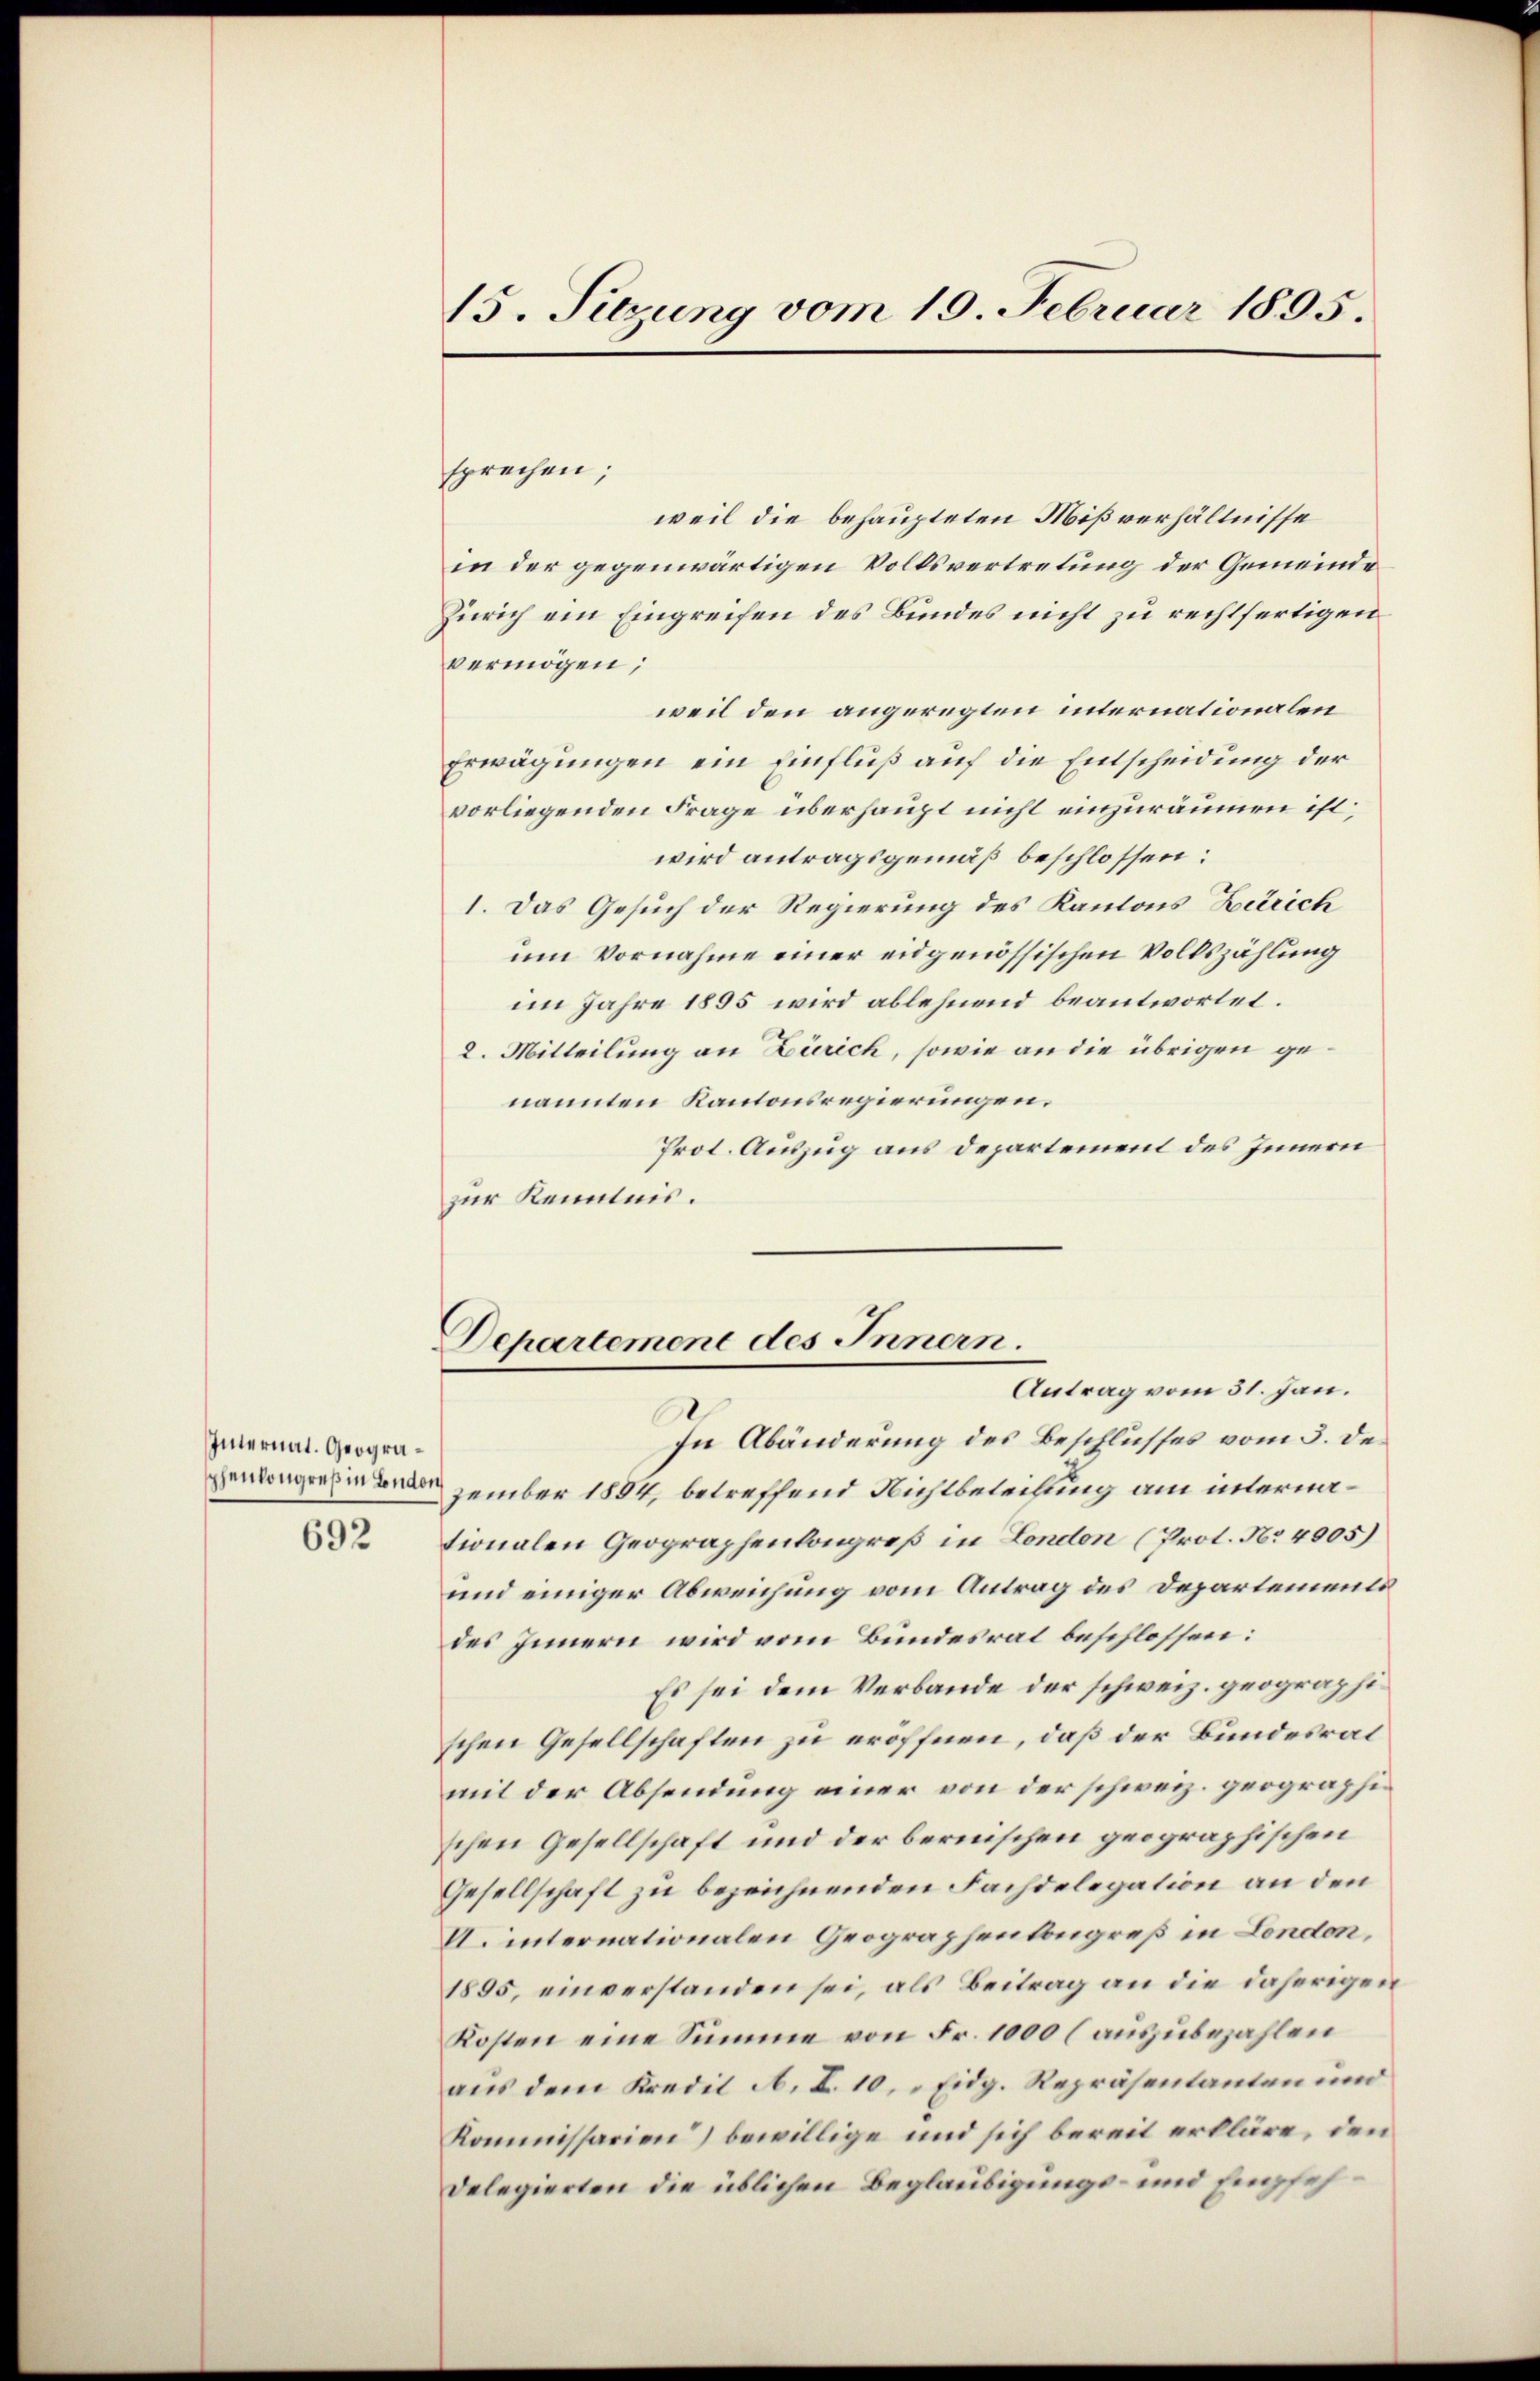
Internat. Geogra¬
692

15. Sitzung vom 19. Februar 1895.

Departement des Innern.
Antrag vom 31. Jan.

sprechen;
weil die behaupteten Mißverhältnisse
in der gegenwärtigen Volksvertretung der Gemeinde
Zürich ein Eingreifen des Bundes nicht zu rechtfertigen
vermögen;
weil den angeregten internationalen
Erwägungen ein Einfluß auf die Entscheidung der
vorliegenden Frage überhaupt nicht einzuräumen ist;
wird antragsgemäß beschlossen:
1. Das Gesuch der Regierung des Kantons Zürich
um Vornahme einer eidgenössischen Volkszählung
im Jahre 1895 wird ablehnend beantwortet.
2. Mitteilung an Zürich, sowie an die übrigen genannten Kantonsregierungen.
Prot. Auszug aus Departement des Innern
zur Kenntnis.
In Abänderung des Beschlusses vom 3. de
pendangen zember 1884, betreffend Nichtbeteilung am internationalen Geographenkongreß in London (Prot. No 4005)
und einiger Abweichung vom Antrag des Departements
des Innern wird vom Bundesrat beschlossen:
Es sei dem Verbande der schweiz. geographischen Gesellschaften zu eröffnen, daß der Bundesrat
mit der Absendung einer von der schweiz. geographischen Gesellschaft und der bernischen geographischen
Gesellschaft zu bezeichnenden Fachdelegation an den
U. internationalen Geographenlongreß in London,
1895, einverstanden sei, als Beitrag an die daherigen
Kosten eine Summe von Fr. 1000 (auszubezahlen
aus dem Kredil A. I. 10. Eidg. Repräsentanten und
Kommissarien) bewillige und sich bereit erkläre, den
Delegierten die üblichen Beglaubigungs- und Empfeh¬